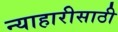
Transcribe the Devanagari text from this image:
न्याहारीसाठी